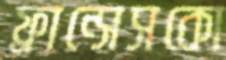
ফ্রান্সেসকো